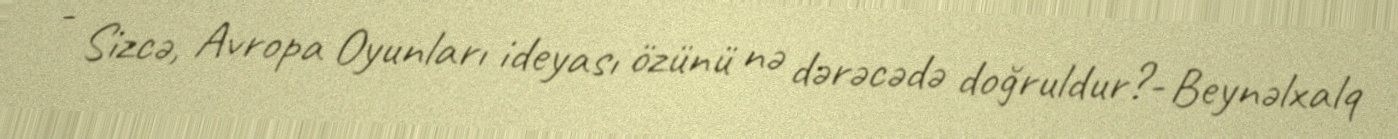
- Sizcə, Avropa Oyunları ideyası özünü nə dərəcədə doğruldur?- Beynəlxalq